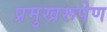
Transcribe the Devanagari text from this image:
प्रमुखरूपेण